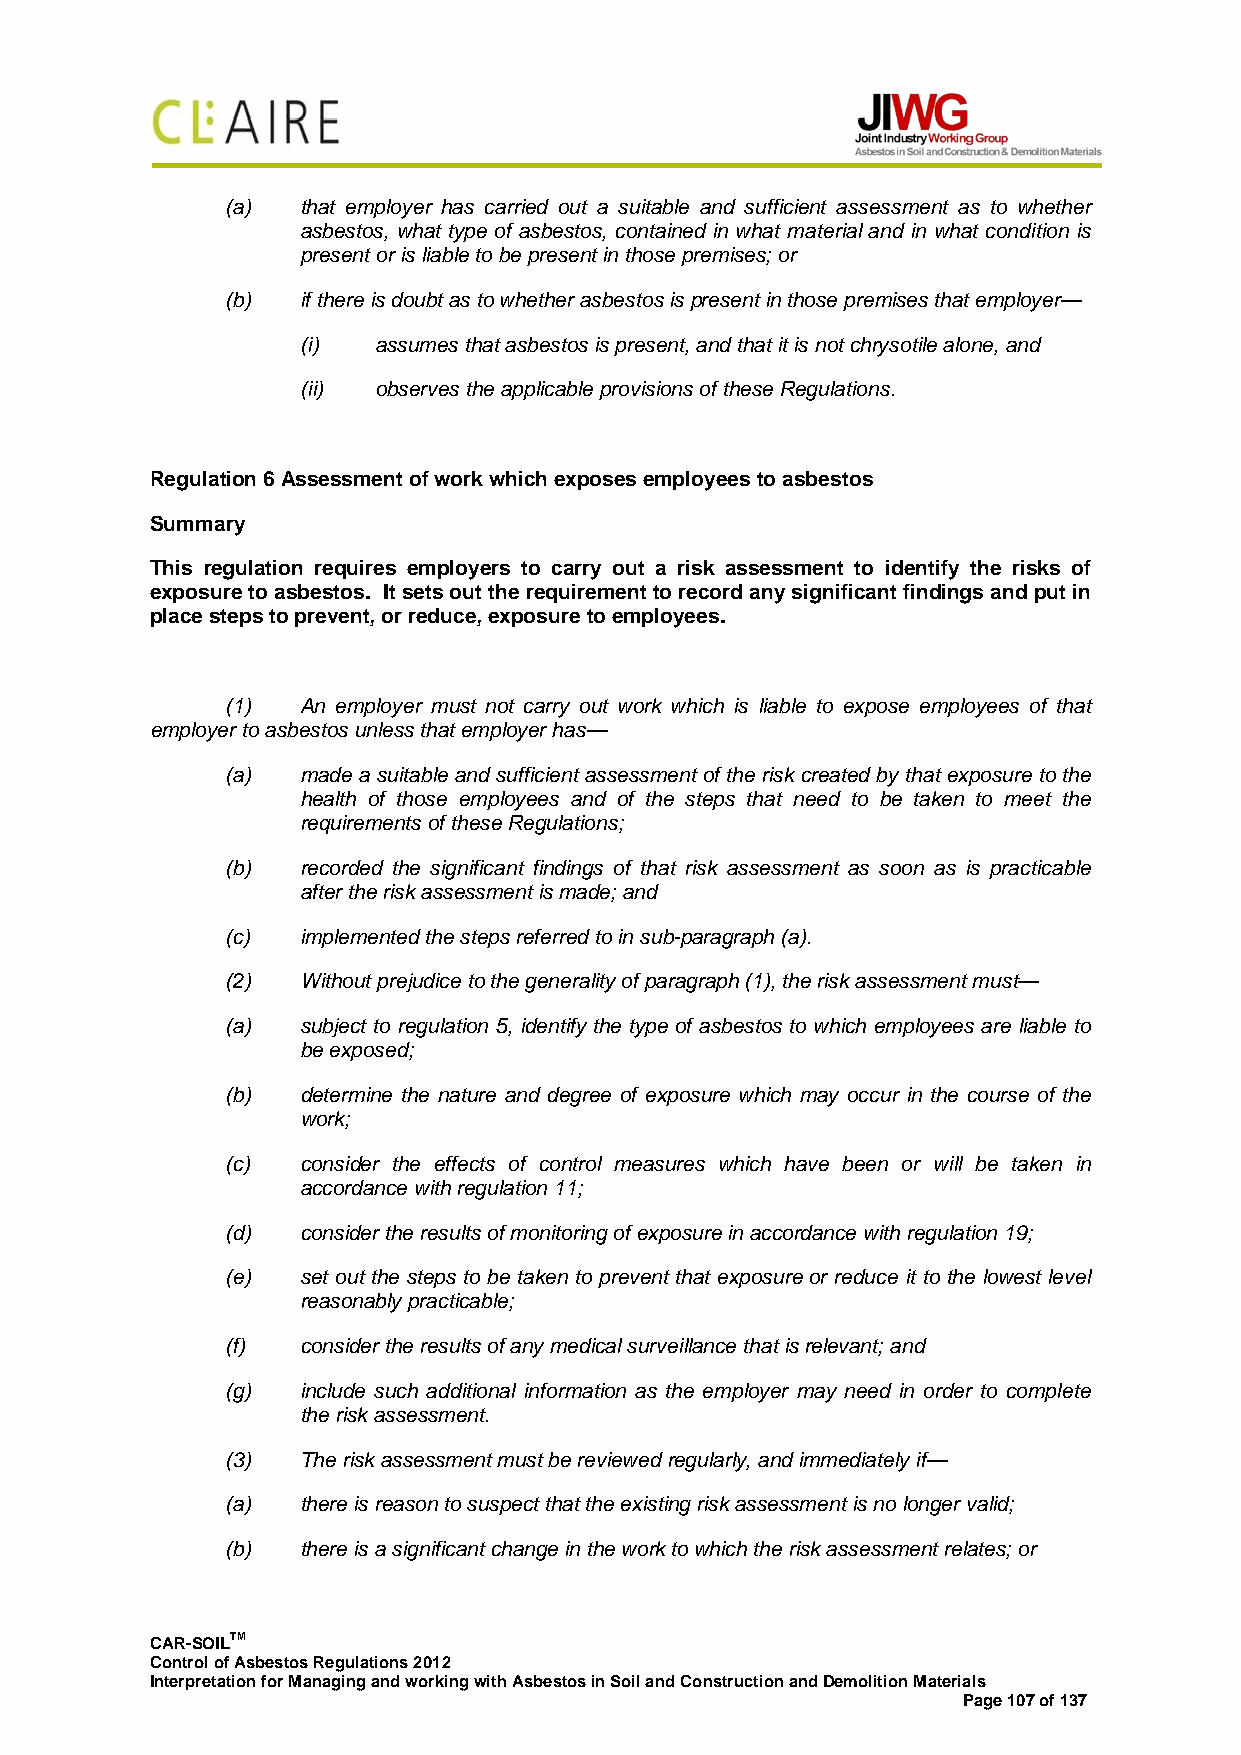
(a)  that employer has carried out a suitable and sufficient assessment as to whether
 asbestos, what type of asbestos, contained in what material and in what condition is
 present or is liable to be present in those premises; or
 (b)  if there is doubt as to whether asbestos is present in those premises that employer—
 (i)  assumes that asbestos is present, and that it is not chrysotile alone, and
 (ii) observes the applicable provisions of these Regulations.
 Regulation 6 Assessment of work which exposes employees to asbestos
 Summary
 This regulation requires employers to carry out a risk assessment to identify the risks of
 exposure to asbestos. It sets out the requirement to record any significant findings and put in
 place steps to prevent, or reduce, exposure to employees.
 (1)  An employer must not carry out work which is liable to expose employees of that
 employer to asbestos unless that employer has—
 (a)  made a suitable and sufficient assessment of the risk created by that exposure to the
 health of those employees and of the steps that need to be taken to meet the
 requirements of these Regulations;
 (b)  recorded the significant findings of that risk assessment as soon as is practicable
 after the risk assessment is made; and
 (c)  implemented the steps referred to in sub-paragraph (a).
 (2)  Without prejudice to the generality of paragraph (1), the risk assessment must—
 (a)  subject to regulation 5, identify the type of asbestos to which employees are liable to
 be exposed;
 (b)  determine the nature and degree of exposure which may occur in the course of the
 work;
 (c)  consider the effects of control measures which have been or will be taken in
 accordance with regulation 11;
 (d)  consider the results of monitoring of exposure in accordance with regulation 19;
 (e)  set out the steps to be taken to prevent that exposure or reduce it to the lowest level
 reasonably practicable;
 (f)  consider the results of any medical surveillance that is relevant; and
 (g)  include such additional information as the employer may need in order to complete
 the risk assessment.
 (3)  The risk assessment must be reviewed regularly, and immediately if—
 (a)  there is reason to suspect that the existing risk assessment is no longer valid;
 (b)  there is a significant change in the work to which the risk assessment relates; or
 CAR-SOILTM
 Control of Asbestos Regulations 2012
 Interpretation for Managing and working with Asbestos in Soil and Construction and Demolition Materials
 Page 107 of 137